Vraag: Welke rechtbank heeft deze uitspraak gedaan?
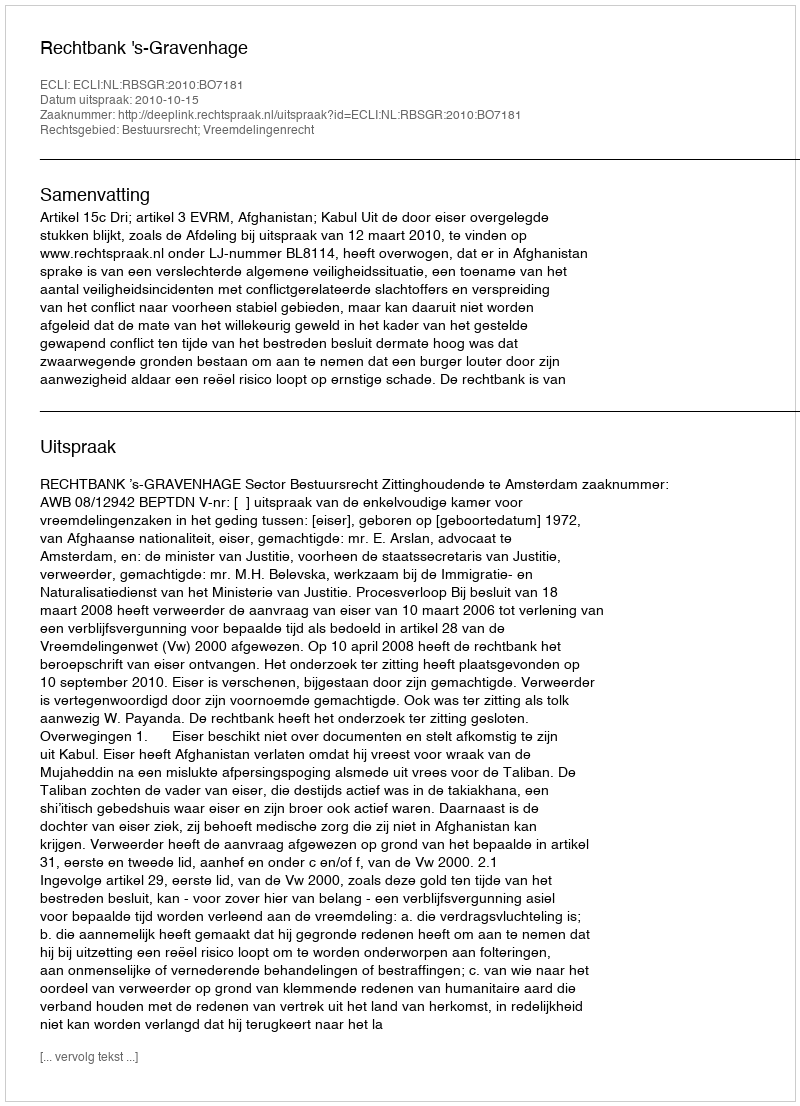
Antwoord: Rechtbank 's-Gravenhage